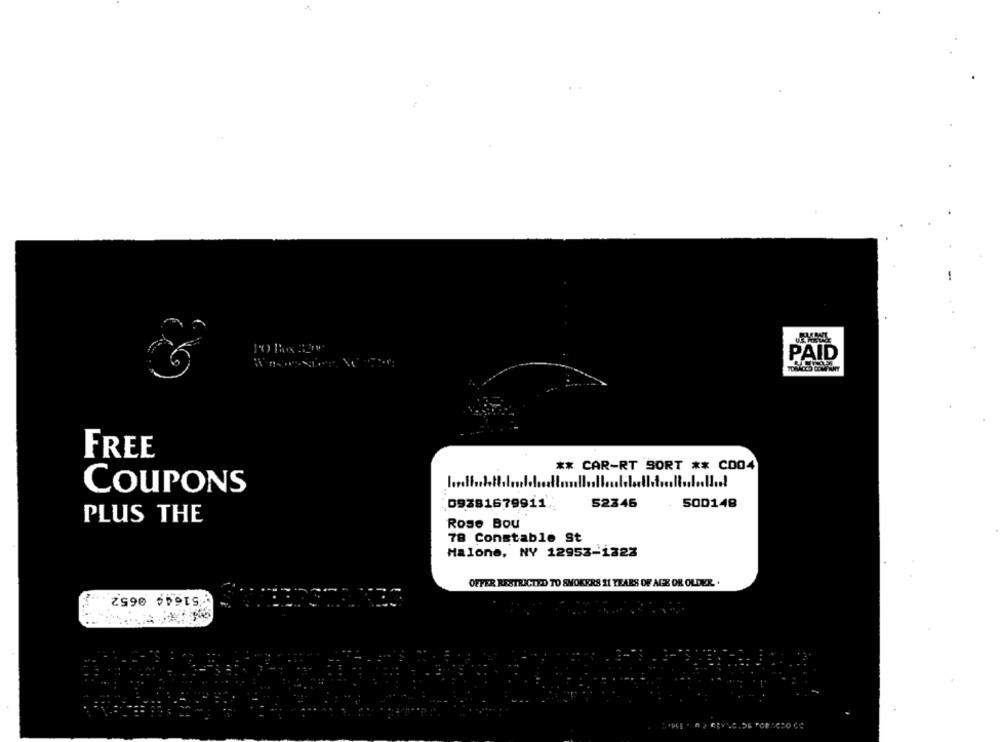
PAID
FREE
** CAR-RT SORT ** C004
lowlighttilen
COUPONS
52346
50D148
09381679911
PLUS THE
Rose Bou
78 Constable St
Malone, NY 12952-1223
OFFER RESTRICTED TO SMOKERS 21 YEARS OF AGE OR OLDER. .
51644 0652